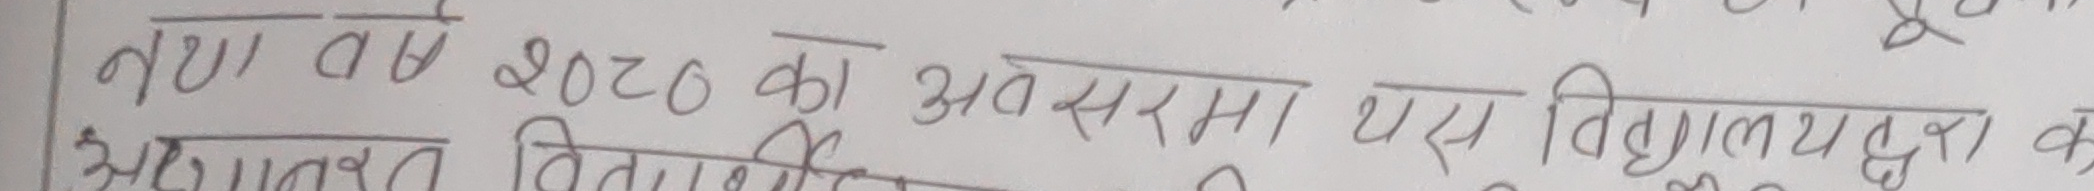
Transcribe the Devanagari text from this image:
तथा वर्ष २०२० का अवसरमा यस विद्यालयद्वारा क